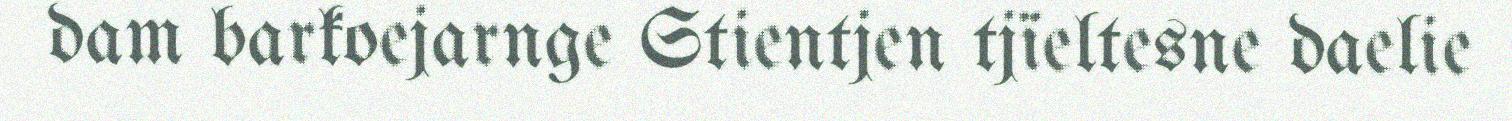
dam barkoejarnge Stientjen tjïeltesne daelie